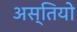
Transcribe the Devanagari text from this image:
अस्तियो